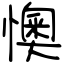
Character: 懊